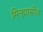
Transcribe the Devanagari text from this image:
मिन्ह्राासीज